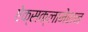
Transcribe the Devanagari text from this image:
ऐक्सक्लामेशन